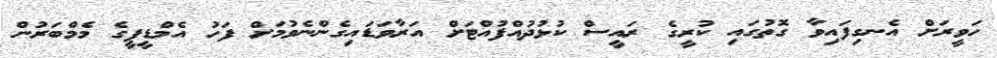
ހަވީރަށް އެނގިފައިވާ ގޮތުގައި ކުރީގެ ރައީސް ކުޅުދުއްފުއްޓަށް އަރާވަޑައިގެންނެވުމަށް ފަހު އެމްޑީޕީގެ މެމްބަރުން